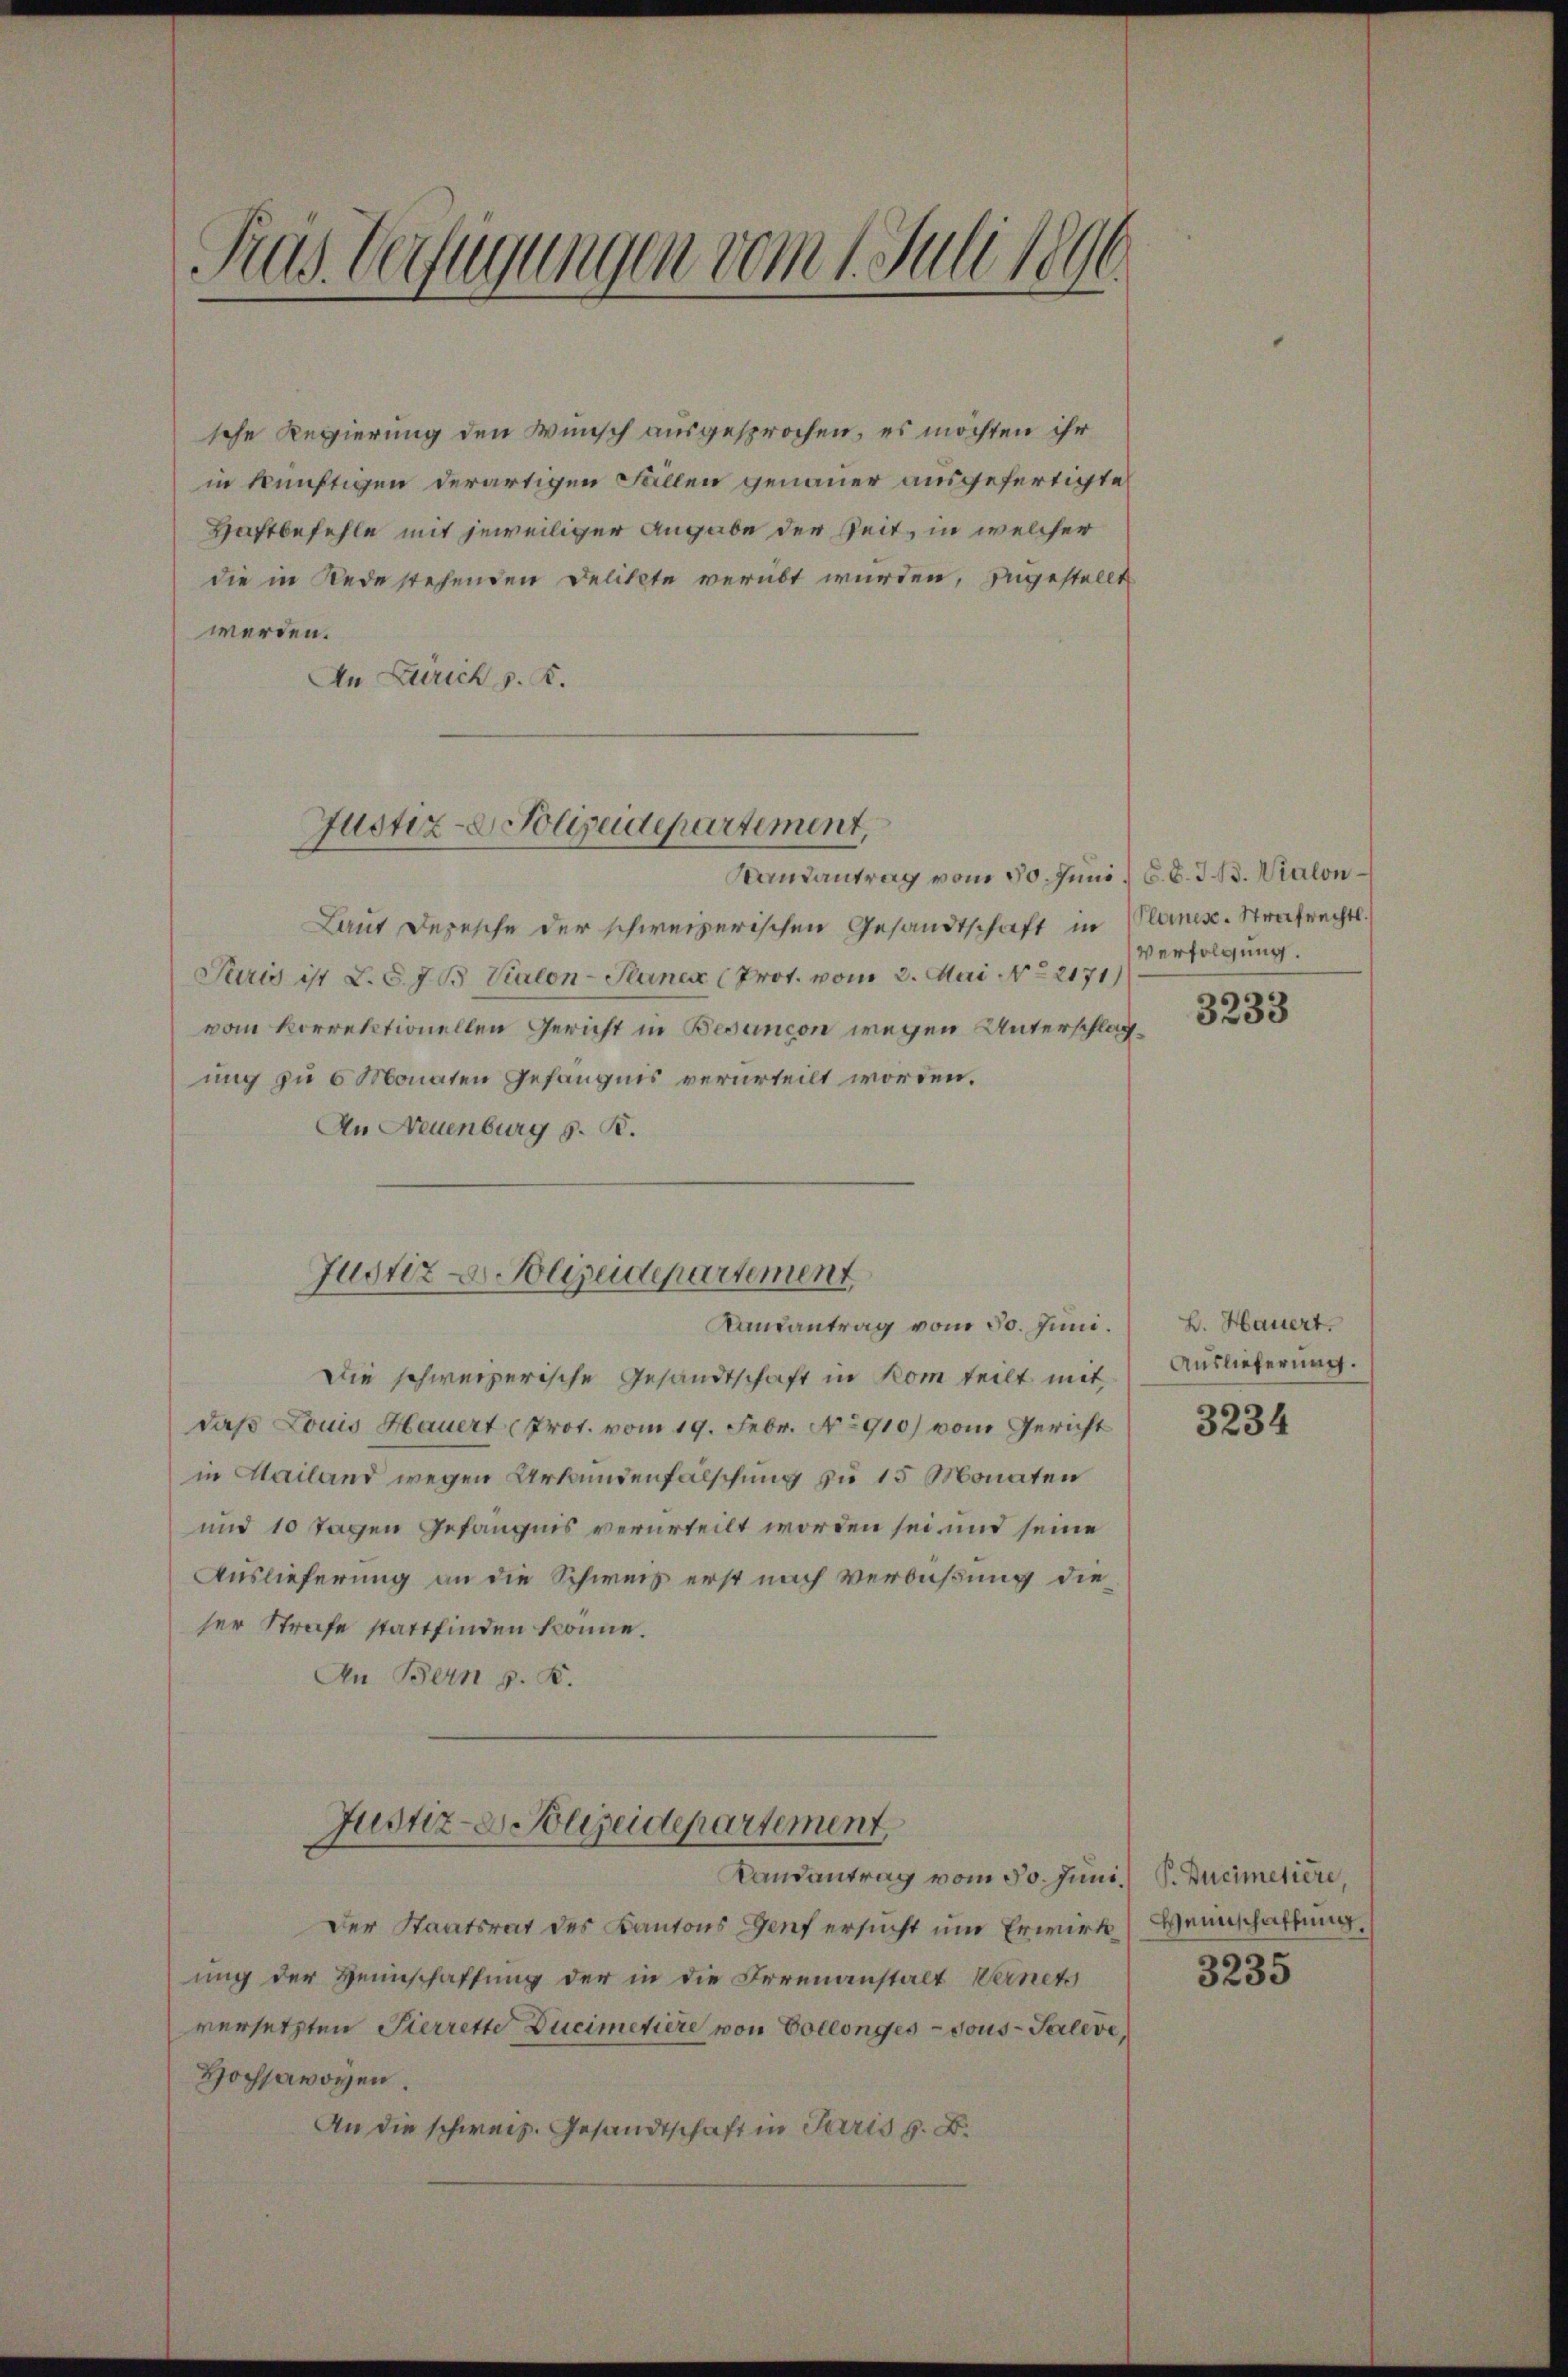
Tras Verfügungen vom 1 Juli 1896.

sche Regierung den Wunsch ausgesprochen, es möchten ihr
in künftigen derartigen Fällen genauer ausgefertigte
Haftbefehle mit jeweiliger Angabe der Zeit, in welcher
die in Rede stehenden Delikte verübt wurden, ungestellt
werden.
An Zürich v. K.
Mandantrag vom 30. Juni. 6. d. J. B. Wialon
Laut Depesche der schweizerischen Gesandtschrift in Planes. Strafrechts.
Paris ist L. S. 7 B Vialon-Planen (Prot. vom 3. Mai No 2171
vom korrektionellen Gericht in Besançon wegen Unterschlagung zu 6 Monaten Gefängnis verurteilt worden.
An Neuenburg z. B.
Kautantrag vom 30. Juni.
Die schweizerische Gesandtschaft in kom teilt mit
daß Louis Hauert Prot. vom 19. Febr. No 910) vom Gericht
in Mailand wegen Urkundenfälschung zu 15 Monaten
und 10 Tagen Gefängnis verurteilt worden sei und seine
Auslieferung an die Schweis erst nach Verbüßung dieser Strafe stattfinden könne.
An Bern p. K.
Justiz- & Polizeidepartement
Landantrag vom 30. Juni.
Der Staatsrat des Kantons Genf ersucht um Erwirkung der Heimschaffung der in die Irrenanstalt Vernets
versetzten Pierrette Ducimetière von Collonges - dous-Televe,
Hochsavoyen.
An die schweiz. Gesandtschaft in Paris s. B.

Justiz- Polizeidepartement,

Justiz - Polizeidepartement,

Verfolgung.

3233

B. Hauert.
Auslieferung.
3234

P. Ducimetiere,
Weinschaffung.

3235